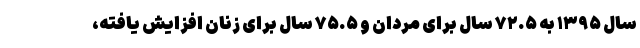
سال ۱۳۹۵ به ۷۲.۵ سال برای مردان و ۷۵.۵ سال برای زنان افزایش یافته،